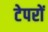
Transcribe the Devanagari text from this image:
टेपरों